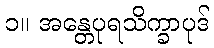
၁။ အန္တေပုရသိက္ခာပုဒ်